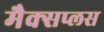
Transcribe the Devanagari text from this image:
मैक्सप्लस